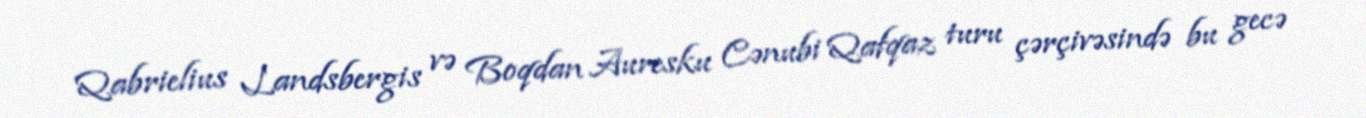
Qabrielius Landsbergis və Boqdan Auresku Cənubi Qafqaz turu çərçivəsində bu gecə